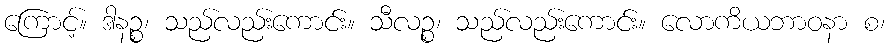
ကြောင့်။ ဒါနဉ္စ၊ သည်လည်းကောင်း။ သီလဉ္စ၊ သည်လည်းကောင်း။ လောကိယဘာဝနာ စ၊